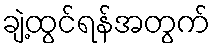
ချဲ့ထွင်ရန်အတွက်